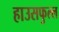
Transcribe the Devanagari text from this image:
हाउसफुल्ल